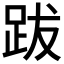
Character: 跋